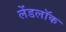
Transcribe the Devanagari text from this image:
लेंडलॉक